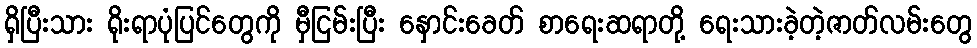
ရှိပြီးသား ရိုးရာပုံပြင်တွေကို မှီငြမ်းပြီး နှောင်းခေတ် စာရေးဆရာတို့ ရေးသားခဲ့တဲ့ဇာတ်လမ်းတွေ